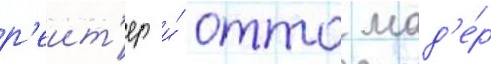
р'еит'ер и́ отто мад'е́р